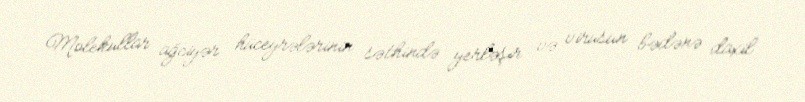
Molekullar ağciyər hüceyrələrinin səthində yerləşir və virusun bədənə daxil